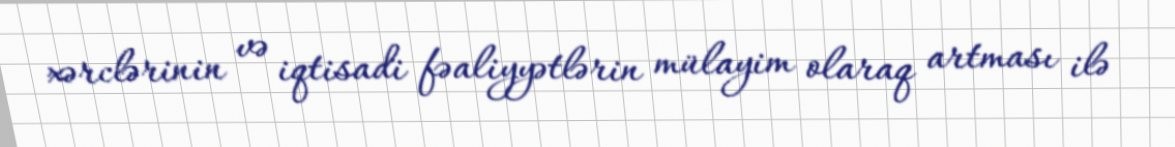
xərclərinin və iqtisadi fəaliyyətlərin mülayim olaraq artması ilə